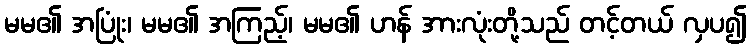
မမ၏ အပြုံး၊ မမ၏ အကြည့်၊ မမ၏ ဟန် အားလုံးတို့သည် တင့်တယ် လှပ၍